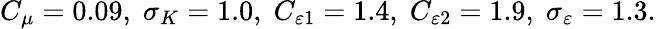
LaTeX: C_{\mu}=0.09,\; \sigma_{K}=1.0,\; C_{\varepsilon 1}=1.4,\; C_{\varepsilon 2}=1.9,\; \sigma_{\varepsilon}=1.3.